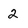
Character: 2